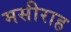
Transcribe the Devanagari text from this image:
मसीराह